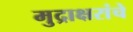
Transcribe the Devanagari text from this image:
मुद्राक्षरांचे